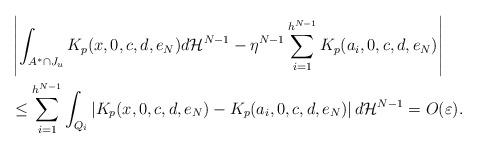
LaTeX: \begin{align*} &\left| \int_{A^\ast \cap J_u} K_p(x,0, c,d, e_N)d {\cal H}^{N-1}-\eta^{N-1}\sum_{i=1}^{h^{N-1}} K_p(a_i,0, c,d, e_N)\right|\\ &\leq \sum_{i=1}^{h^{N-1}} \int_{Q_i}\left|K_p(x,0, c,d, e_N)-K_p(a_i,0, c,d, e_N)\right| d {\cal H}^{N-1}=O(\varepsilon). \end{align*}